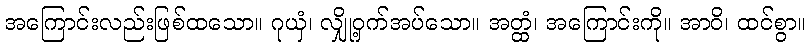
အကြောင်းလည်းဖြစ်ထသော။ ဂုယှံ၊ လျှို့ဝှက်အပ်သော။ အတ္ထံ၊ အကြောင်းကို။ အာဝိ၊ ထင်စွာ။